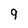
Character: g